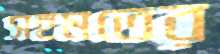
সহমতের